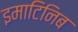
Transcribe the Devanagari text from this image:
इमाटिनिब